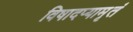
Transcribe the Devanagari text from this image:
विषादप्यामृतं